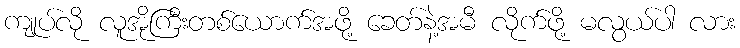
ကျုပ်လို လူအိုကြီးတစ်ယောက်အဖို့ ခေတ်နဲ့အမီ လိုက်ဖို့ မလွယ်ပါ လား